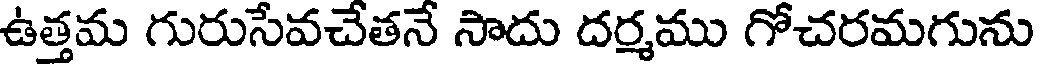
ఉత్తమ గురుసేవచేతనే సాదు దర్మము గోచరమగును